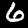
Digit: 6